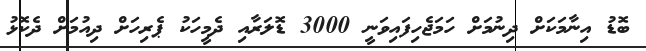
ބޮޑު އިނާމަކަށް ދިނުމަށް ހަމަޖެހިފައިވަނީ 3000 ޑޮލަރާއި ދެމީހަކު ޕެރިހަށް ދިއުމަށް ދެކޮޅު